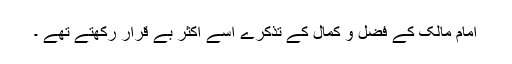
امام مالکؒ کے فضل و کمال کے تذکرے اسے اکثر بے قرار رکھتے تھے ۔